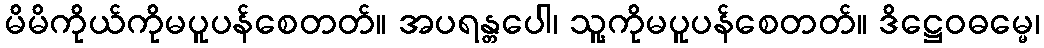
မိမိကိုယ်ကိုမပူပန်စေတတ်။ အပရန္တပေါ၊ သူ့ကိုမပူပန်စေတတ်။ ဒိဋ္ဌေဝဓမ္မေ၊